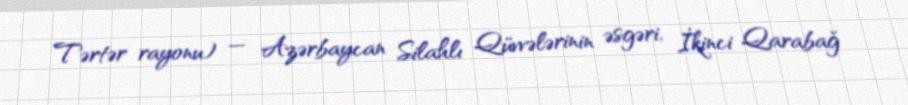
Tərtər rayonu) — Azərbaycan Silahlı Qüvvələrinin əsgəri, İkinci Qarabağ